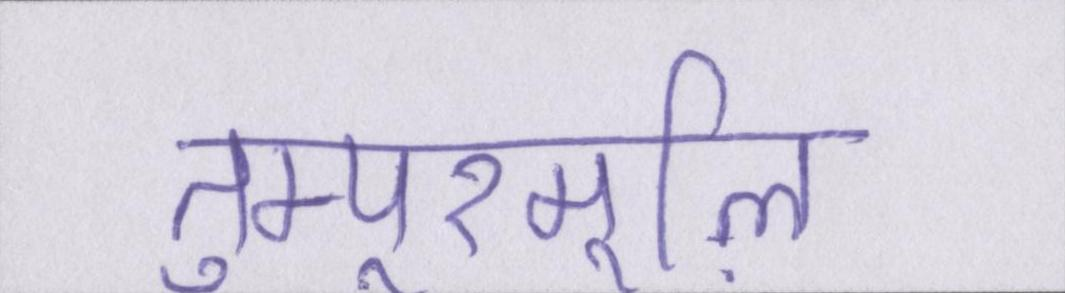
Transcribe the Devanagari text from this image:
तुम्पूरमूऴि